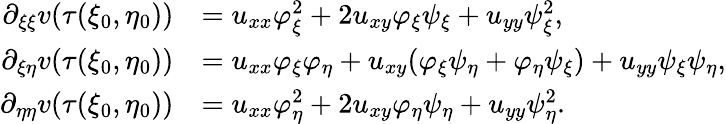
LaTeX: \begin{array}{rl}{\partial_{\xi\xi}v(\tau(\xi_{0},\eta_{0}))}&{=u_{xx}\varphi_{\xi}^{2}+2u_{xy}\varphi_{\xi}\psi_{\xi}+u_{yy}\psi_{\xi}^{2},}\\ {\partial_{\xi\eta}v(\tau(\xi_{0},\eta_{0}))}&{=u_{xx}\varphi_{\xi}\varphi_{\eta}+u_{xy}(\varphi_{\xi}\psi_{\eta}+\varphi_{\eta}\psi_{\xi})+u_{yy}\psi_{\xi}\psi_{\eta},}\\ {\partial_{\eta\eta}v(\tau(\xi_{0},\eta_{0}))}&{=u_{xx}\varphi_{\eta}^{2}+2u_{xy}\varphi_{\eta}\psi_{\eta}+u_{yy}\psi_{\eta}^{2}.}\end{array}